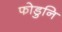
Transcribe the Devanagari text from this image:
फोडुनि